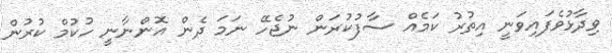
ވިދާޅުވެފައިވަނީ އިތުރު ކަމެއް ސާފުކުރަން ނުޖެހޭ ނަމަ ދެން އޮންނާނީ ހުކުމް ކުރުން